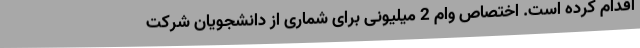
اقدام کرده است. اختصاص وام 2 میلیونی برای شماری از دانشجویان شرکت